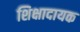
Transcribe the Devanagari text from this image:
शिक्षादायक